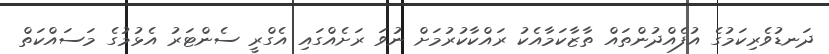
ދަނޑުވެރިކަމުގެ އުފެއްދުންތައް ތާޒާކަމާއެކު ރައްކާކުރުމަށް ނުވަ ރަށެއްގައި އެގްރީ ސެންޓަރު އެޅުމުގެ މަސައްކަތް